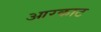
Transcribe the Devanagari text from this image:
आरकाट